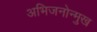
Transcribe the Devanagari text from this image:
अभिजनोन्मुख